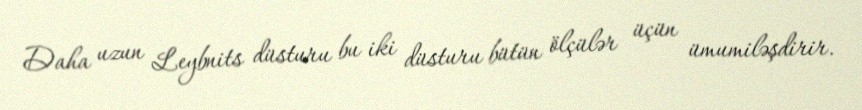
Daha uzun Leybnits düsturu bu iki düsturu bütün ölçülər üçün ümumiləşdirir.